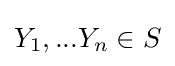
Y_{1},...Y_{n}\in S